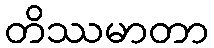
တိဿမာတာ